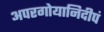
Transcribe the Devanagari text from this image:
अपरगोयानिदीपं